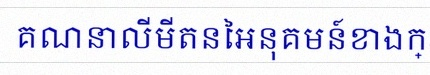
គណនាលីមីតនៃអនុគមន៍ខាងក្រោម